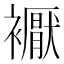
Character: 𧞣